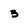
Character: 3